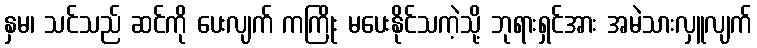
နှမ၊ သင်သည် ဆင်ကို ပေးလျက် ကကြိုး မပေးနိုင်သကဲ့သို့ ဘုရားရှင်အား အမဲသားလှူလျက်